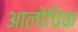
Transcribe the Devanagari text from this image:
आलोचिक